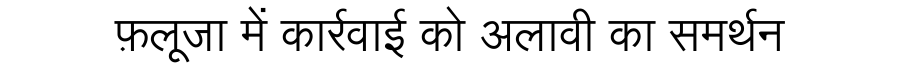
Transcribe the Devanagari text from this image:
फ़लूजा में कार्रवाई को अलावी का समर्थन